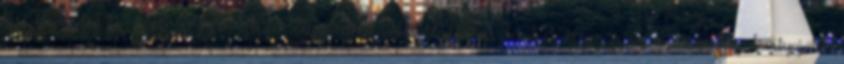
kipróbálhatod, bizonyíthatod, elvesztették, segítségével, sakktábládon, készletednek, kiegészítője, gyöngyökhöz, kártyajáték,